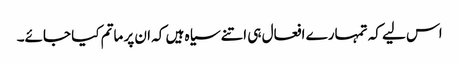
اس لیے کہ تمہارے افعال ہی اتنے سیاہ ہیں کہ ان پر ماتم کیا جائے۔